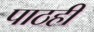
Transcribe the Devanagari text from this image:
पाठही